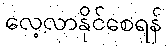
လေ့လာနိုင်စေရန်